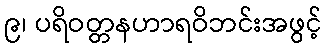
၉၊ ပရိဝတ္တနဟာရဝိဘင်းအဖွင့်